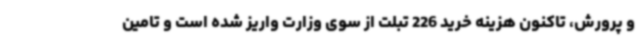
و پرورش، تاکنون هزینه خرید 226 تبلت از سوی وزارت واریز شده است و تامین